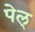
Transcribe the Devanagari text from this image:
पेल्